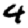
Digit: 4